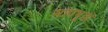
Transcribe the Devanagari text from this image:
महाभूतो